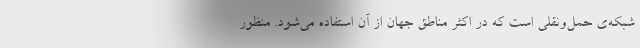
شبکه‌ی حمل‌ونقلی است که در اکثر مناطق جهان از آن استفاده می‌شود. منظور